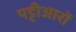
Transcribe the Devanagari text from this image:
पट्टीआरों